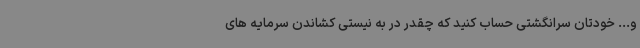
و... خودتان سرانگشتی حساب کنید که چقدر در به نیستی کشاندن سرمایه های